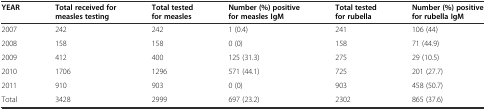
<table><thead><tr><td><b>YEAR</b></td><td><b>Total received for measles testing</b></td><td><b>Total tested for measles</b></td><td><b>Number (%) positive for measles IgM</b></td><td><b>Total tested for rubella</b></td><td><b>Number (%) positive for rubella IgM</b></td></tr></thead><tbody><tr><td>2007</td><td>242</td><td>242</td><td>1 (0.4)</td><td>241</td><td>106 (44)</td></tr><tr><td>2008</td><td>158</td><td>158</td><td>0 (0)</td><td>158</td><td>71 (44.9)</td></tr><tr><td>2009</td><td>412</td><td>400</td><td>125 (31.3)</td><td>275</td><td>29 (10.5)</td></tr><tr><td>2010</td><td>1706</td><td>1296</td><td>571 (44.1)</td><td>725</td><td>201 (27.7)</td></tr><tr><td>2011</td><td>910</td><td>903</td><td>0 (0)</td><td>903</td><td>458 (50.7)</td></tr><tr><td>Total</td><td>3428</td><td>2999</td><td>697 (23.2)</td><td>2302</td><td>865 (37.6)</td></tr></tbody></table>